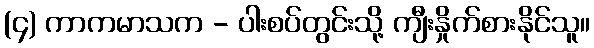
(၄) ကာကမာသက - ပါးစပ်တွင်းသို့ ကျီးနှိုက်စားနိုင်သူ။